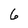
Character: 6